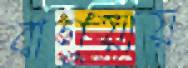
বাগুয়ায়